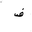
Letter: _fa